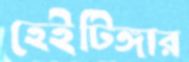
হেইটিঙ্গার